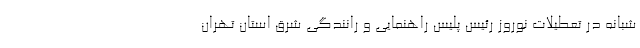
شبانه در تعطیلات نوروز رئیس پلیس راهنمایی و رانندگی شرق استان تهران